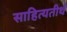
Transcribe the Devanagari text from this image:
साहित्यतीर्थ